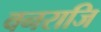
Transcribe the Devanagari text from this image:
वनराजि